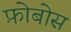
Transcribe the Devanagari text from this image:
फ़ोबोस